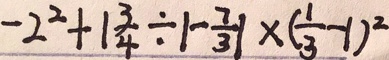
- 2 ^ { 2 } + 1 \frac { 3 } { 4 } \div \vert - \frac { 7 } { 3 } \vert \times ( \frac { 1 } { 3 } - 1 ) ^ { 2 }